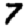
Digit: 7